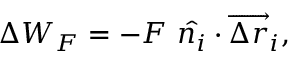
\Delta W _ { F } = - F ~ \hat { n _ { i } } \cdot \overrightarrow { \Delta r } _ { i } ,